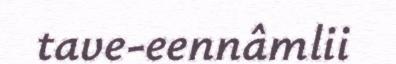
tave-eennâmlii